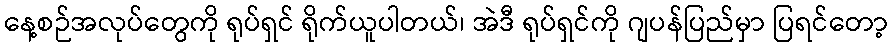
နေ့စဉ်အလုပ်တွေကို ရုပ်ရှင် ရိုက်ယူပါတယ်၊ အဲဒီ ရုပ်ရှင်ကို ဂျပန်ပြည်မှာ ပြရင်တော့